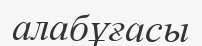
алабұғасы